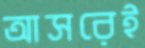
আসরেই